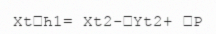
XtҺ1= Xt2-Yt2+ P